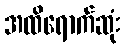
အထိရောက်ဆုံး